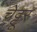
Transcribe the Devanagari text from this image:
चेट्टूर